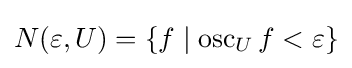
N(\varepsilon ,U)=\{f\mid \operatorname {osc} _{U}f<\varepsilon \}